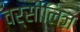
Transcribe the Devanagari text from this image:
वर्सीलिज